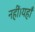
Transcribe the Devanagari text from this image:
नहीं।यहाँ